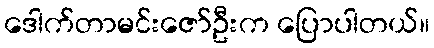
ဒေါက်တာမင်းဇော်ဦးက ပြောပါတယ်။